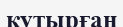
қутырған